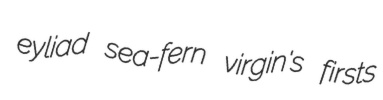
eyliad sea-fern virgin's firsts